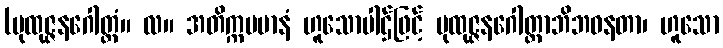
(ပုထုဇ္ဇနဂေါတ္တံ။ လ။ အတိက္ကမမာနံ ဟူသောပါဌ်ဖြင့် ပုထုဇ္ဇနဂေါတ္တာဘိဘဝနတာ၊ ဟူသော